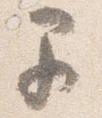
早